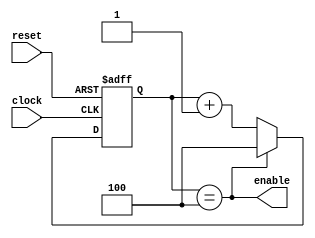
// A counter with five states with a change in
// state each clock cycle
module FiveCounter(enable, clock, reset);
	input clock, reset;
	output enable;

	reg[2:0] count;

	always @(posedge clock or posedge reset) begin
		if (reset)
			count <= 3'b000;
		else if (count == 3'b100)
			count <= 3'b100;
		else
			count <= count + 1'b1;
	end

	assign enable = (count == 3'b100);
endmodule